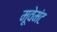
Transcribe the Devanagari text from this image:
मूवेमंट